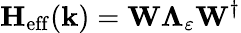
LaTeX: \textbf{H}_{\mathrm{eff}}(\textbf{k})=\textbf{W}\mathbf{\Lambda}_{\varepsilon}\textbf{W}^{\dagger}